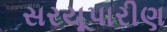
સરયૂપારીણ